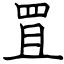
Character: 罝